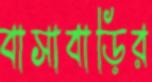
বাসাবাড়ির